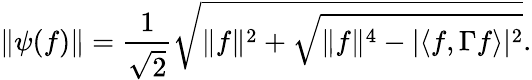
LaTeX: \| \psi(f)\| =\frac{1}{\sqrt{2}}\sqrt{\| f\| ^{2}+\sqrt{\| f\| ^{4}-|\langle f,\Gamma f\rangle|^{2}}}.